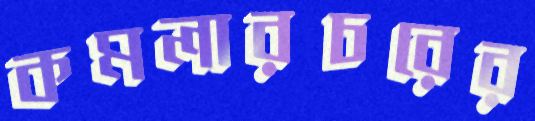
কমলারচরের